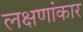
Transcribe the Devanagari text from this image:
लक्षणांकार